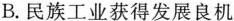
B.民族工业获得发展良机